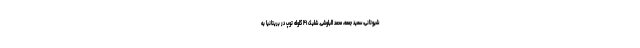
شیوتانی، سعید جمعه، محمد البلوشی. شلیک ۴۱ گلوله توپ در بریتانیا به